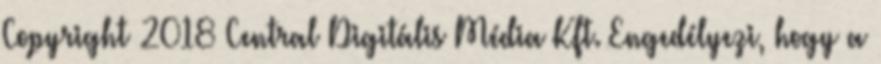
Copyright 2018 Central Digitális Média Kft. Engedélyezi, hogy a